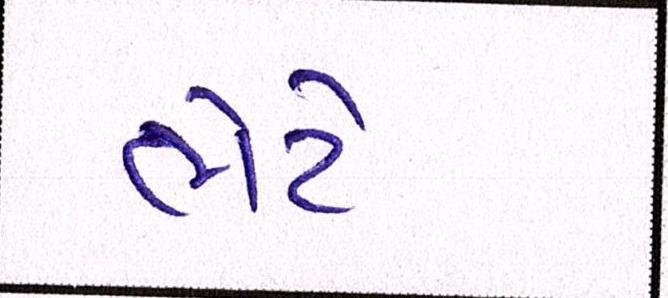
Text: ભેટે